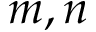
m , n